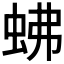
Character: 𧉸